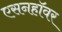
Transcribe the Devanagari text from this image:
एसनहॉवर